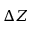
\Delta Z